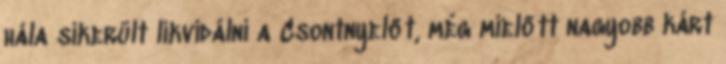
hála sikerült likvidálni a Csontnyelőt, még mielőtt nagyobb kárt